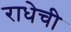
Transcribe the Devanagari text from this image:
राधेची